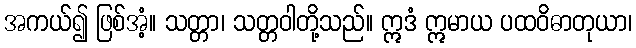
အကယ်၍ ဖြစ်အံ့။ သတ္တာ၊ သတ္တဝါတို့သည်။ ဣဒံ ဣမာယ ပထဝိဓာတုယာ၊